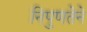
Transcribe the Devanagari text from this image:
निपुणतेने